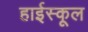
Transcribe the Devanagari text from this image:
हार्इस्कूल